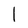
Character: l